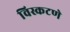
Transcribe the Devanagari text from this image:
विस्कटणे